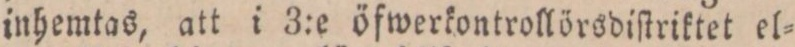
inhemtas, att i 3:e öfwerkontrollörsdiſtriktet el=